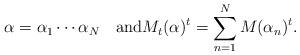
LaTeX: \begin{align*} \alpha = \alpha_1\cdots\alpha_N\quad\mathrm{and}M_t(\alpha)^t = \sum_{n=1}^NM(\alpha_n)^t. \end{align*}